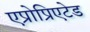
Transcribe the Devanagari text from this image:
एप्रोप्रिएटेड